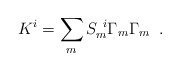
\begin{align*} K^i = \sum_m S_{m}^{~i} \Gamma_m \Gamma_m \;\; .\end{align*}